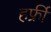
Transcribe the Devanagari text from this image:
हफ्रीं